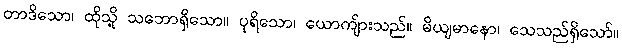
တာဒိသော၊ ထိုသို့ သဘောရှိသော။ ပုရိသော၊ ယောကျ်ားသည်။ မိယျမာနော၊ သေသည်ရှိသော်။